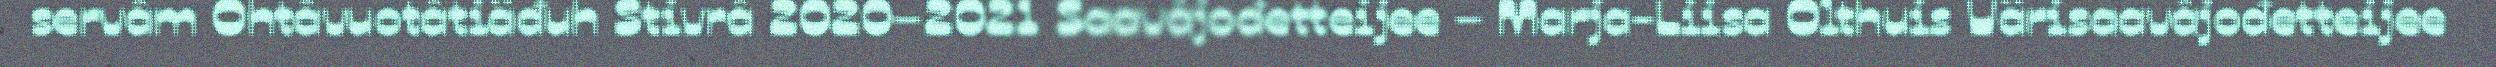
servâm Ohtâvuotâtiäđuh Stivrâ 2020–2021 Saavâjođetteijee – Marja-Liisa Olthuis Värisaavâjođetteijee